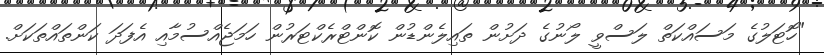
"ހޮޓަލުގެ މަސައްކަތް ލަސްވީ ލޯނުގެ ދަށުން ތައިލެންޑުން ކޮންޓްރެކްޓަރުން ހަމަޖެއްސުމާއި އެފަދަ ކަންތައްތަކަށް.